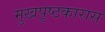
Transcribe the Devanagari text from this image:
मुखपृष्ठकारास